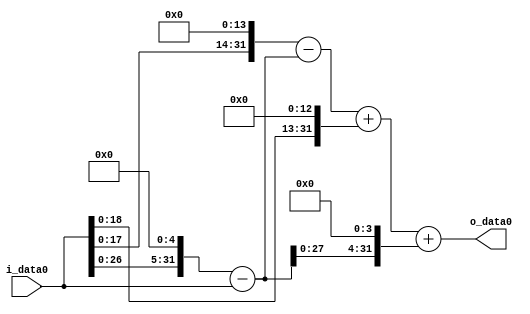
module multiplier_block (
    i_data0,
    o_data0
);

  // Port mode declarations:
  input   [31:0] i_data0;
  output  [31:0]
    o_data0;

  //Multipliers:

  wire [31:0]
    w1,
    w32,
    w31,
    w16384,
    w16353,
    w8192,
    w24545,
    w496,
    w25041;

  assign w1 = i_data0;
  assign w16353 = w16384 - w31;
  assign w16384 = w1 << 14;
  assign w24545 = w16353 + w8192;
  assign w25041 = w24545 + w496;
  assign w31 = w32 - w1;
  assign w32 = w1 << 5;
  assign w496 = w31 << 4;
  assign w8192 = w1 << 13;

  assign o_data0 = w25041;

  //multiplier_block area estimate = 6566.313589725;
endmodule